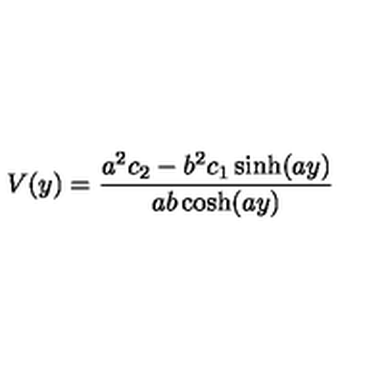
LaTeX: V ( y ) = { \frac { a ^ { 2 } c _ { 2 } - b ^ { 2 } c _ { 1 } \sinh ( a y ) } { a b \cosh ( a y ) } }